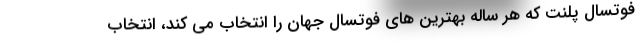
فوتسال پلنت که هر ساله بهترین های فوتسال جهان را انتخاب می کند، انتخاب